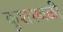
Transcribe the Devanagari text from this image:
कुशस्थळी